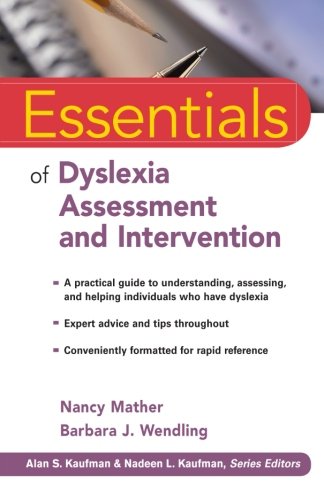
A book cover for Essentials of Dyslexia Assessment and Intervention; Nancy Mather; Medical Books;